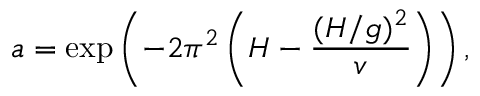
a = \exp \left( - 2 \pi ^ { 2 } \left( H - \frac { ( H / g ) ^ { 2 } } { v } \right) \right) ,